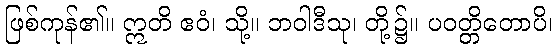
ဖြစ်ကုန်၏။ ဣတိ ဧဝံ၊ သို့။ ဘဝါဒီသု၊ တို့၌။ ပဝတ္တိတောပိ၊